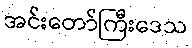
အင်းတော်ကြီးဒေသ